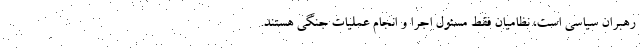
رهبران سیاسی است، نظامیان فقط مسئول اجرا و انجام عملیات جنگی هستند.